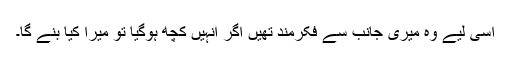
اسی لیے وہ میری جانب سے فکرمند تھیں اگر انہیں کچھ ہوگیا تو میرا کیا بنے گا۔